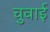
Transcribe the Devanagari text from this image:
चुवाई